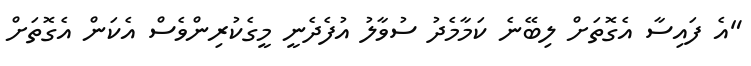
"އެ ފައިސާ އެގޮތަށް ލިބޭނެ ކަމާމެދު ސުވާލު އުފެދެނީ މީގެކުރިންވެސް އެކަން އެގޮތަށް